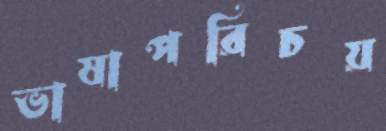
ভাষাপরিচয়